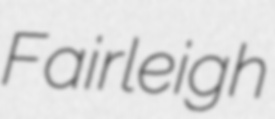
Fairleigh